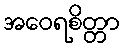
အဝေရစိတ္တာ